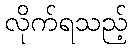
လိုက်ရသည့်